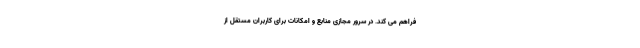
فراهم می کند. در سرور مجازی منابع و امکانات برای کاربران مستقل از